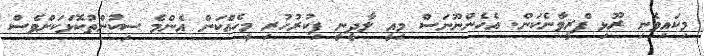
މިކައިވެނި ރޫޅި ފްރީވާނެކަން. އެހެންނޫނަސް މިއީ ލާދީނީ ފިކުރުހުރި މީހެއްކަން އެންމެ ސިކުންތުކޮޅަކަށްވެސް